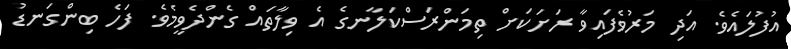
އުފުލައެވެ. އަދި މަރުވެފައިވާ ރަށަކަށް ތިމަންރަސްކަލާނގެ އެ ވިލާތައް ގެންދެވީމެވެ. ފަހެ ބިންގަނޑު